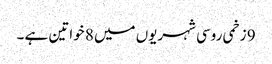
9 زخمی روسی شہریوں میں 8 خواتین ہے ۔